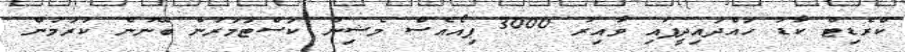
ކްރެޑިޓް ކާޑު ހައްދައިދީފައި ވާއިރު 3000 ޕިއޯއެސް މެޝިން ކަސްޓަމަރުން ބޭނުން ކުރަމުން